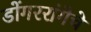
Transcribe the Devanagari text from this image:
डोंगररांगेचे